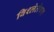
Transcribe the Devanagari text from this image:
विश्लेलेषण